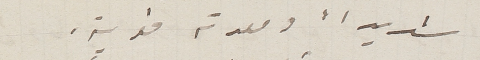
شديداً ومعدته قوية.